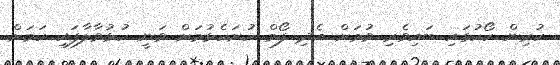
ކުރިން ކޯހުގައި ބައިވެރި ވުމަށް އެދި ފޯމް ހުށަހެޅުމަށް ވަނީ ހުޅުވާލާފައި ކަމަށް